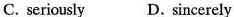
C. seriously D.sincerely